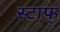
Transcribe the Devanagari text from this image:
स्टाफ्